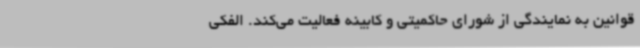
قوانین به نمایندگی از شورای حاکمیتی و کابینه فعالیت می‌کند. الفکی